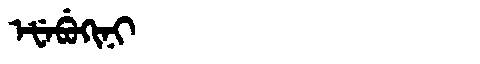
Manchu: ᡝᡶᡝᠪᡠᡴᡳᠨᡳ
Romanization: EFEBUKINI